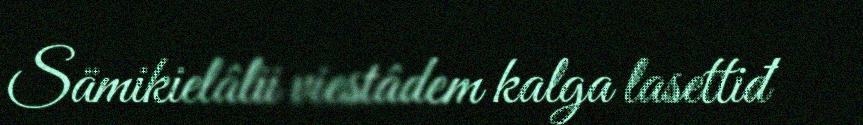
Sämikielâlii viestâdem kalga lasettiđ